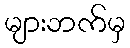
များဘက်မှ